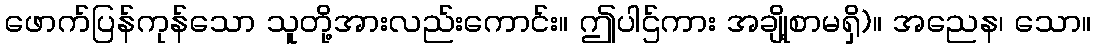
ဖောက်ပြန်ကုန်သော သူတို့အားလည်းကောင်း။ ဤပါဌ်ကား အချို့စာမရှိ)။ အညေန၊ သော။